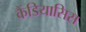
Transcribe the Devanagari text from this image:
कैंडियासिस